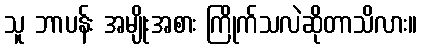
သူ ဘာပန်း အမျိုးအစား ကြိုက်သလဲဆိုတာသိလား။